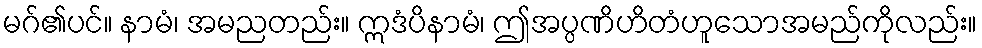
မဂ်၏ပင်။ နာမံ၊ အမညတည်း။ ဣဒံပိနာမံ၊ ဤအပ္ပဏိဟိတံဟူသောအမည်ကိုလည်း။